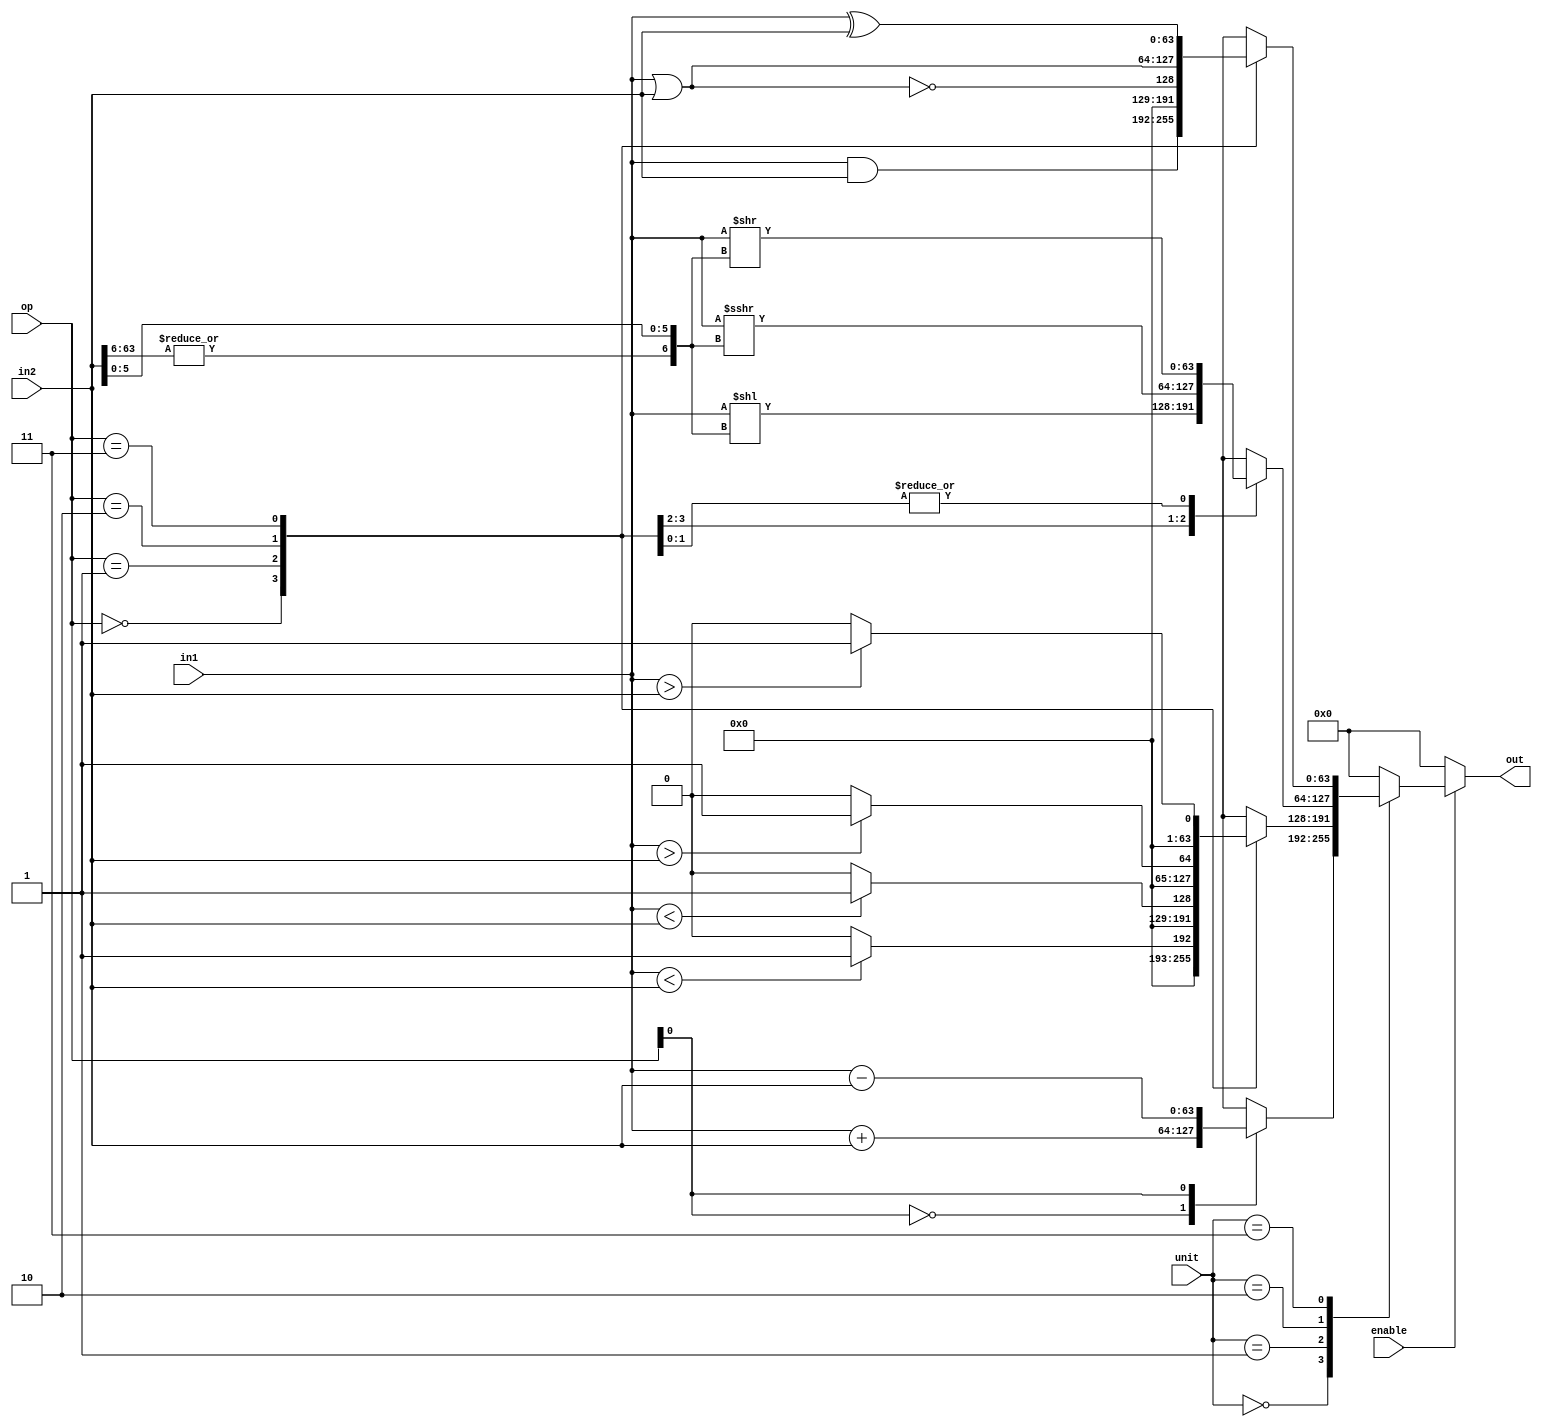
//Raisin64 Execute Unit - Integer ALU Stage 1

module ex_alu_s1(
    //# {{data|ALU Data}}
    input[63:0] in1,
    input[63:0] in2,
    output[63:0] out,

    //# {{control|Control Signals}}
    input enable,
    input[2:0] unit,
    input[1:0] op
    );

    reg[63:0] out_pre;
    assign out = out_pre;

    always @(*)
    begin
        out_pre = 64'h0;
        if(enable) case(unit)
            3'h0: //Basic integer math
                case(op[0])
                    0: out_pre = in1 + in2; //ADD
                    1: out_pre = in1 - in2; //SUB
                endcase
            3'h1: //Compare/Set
                case(op)
                    0: out_pre = $signed(in1) < $signed(in2) ? 64'h1 : 64'h0; //SLT
                    1: out_pre = in1 < in2 ? 64'h1 : 64'h0; //SLTU
                    2: out_pre = $signed(in1) > $signed(in2) ? 64'h1 : 64'h0; //SGT
                    3: out_pre = in1 > in2 ? 64'h1 : 64'h0; //SGTU
                endcase
            3'h2: //Shift
                case(op)
                    0: out_pre = in1 << {|in2[63:6], in2[5:0]}; //SLL
                    1: out_pre = in1 >>> {|in2[63:6], in2[5:0]}; //SRA
                    2,3: out_pre = in1 >> {|in2[63:6], in2[5:0]}; //SRL
                endcase
            3'h3: //Bitwise Operations
                case(op)
                    0: out_pre = in1 & in2; //AND
                    1: out_pre = !(in1 | in2); //NOR
                    2: out_pre = in1 | in2; //OR
                    3: out_pre = in1 ^ in2; //XOR
                endcase
        endcase
    end
endmodule